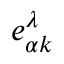
e _ { \alpha k } ^ { \lambda }